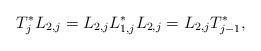
\begin{align*} T_{j}^*L_{2,j} = L_{2,j}L_{1,j}^*L_{2,j} = L_{2,j}T_{j-1}^*,\end{align*}